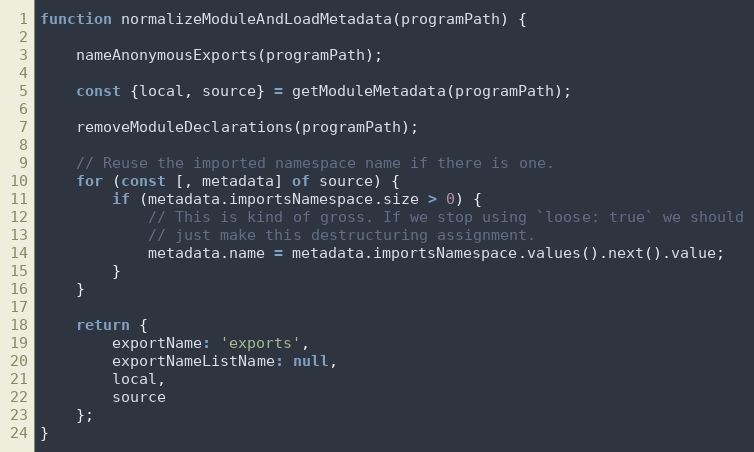
Language: JavaScript
function normalizeModuleAndLoadMetadata(programPath) {

    nameAnonymousExports(programPath);

    const {local, source} = getModuleMetadata(programPath);

    removeModuleDeclarations(programPath);

    // Reuse the imported namespace name if there is one.
    for (const [, metadata] of source) {
        if (metadata.importsNamespace.size > 0) {
            // This is kind of gross. If we stop using `loose: true` we should
            // just make this destructuring assignment.
            metadata.name = metadata.importsNamespace.values().next().value;
        }
    }

    return {
        exportName: 'exports',
        exportNameListName: null,
        local,
        source
    };
}